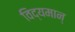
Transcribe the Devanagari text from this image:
विद्यमान्